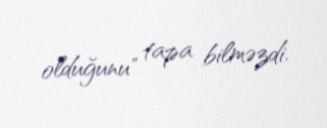
olduğunu" tapa bilməzdi.